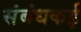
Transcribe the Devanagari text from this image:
संबंधकई